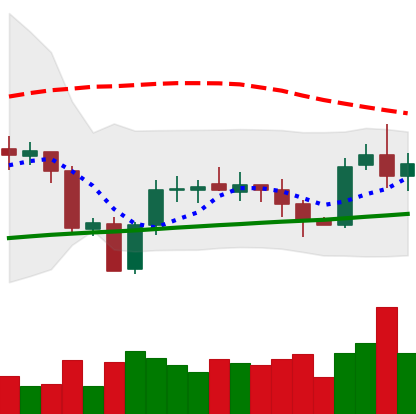
Ticker: XRP-USD
Chart end date: 2020-10-07
Forward return: 3.181%
Label: up_3_5